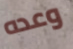
وعده